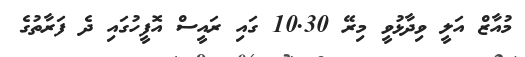
މުއާޒް އަލީ ވިދާޅުވީ މިރޭ 10.30 ގައި ރައީސް އޮފީހުގައި ދެ ފަރާތުގެ